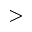
>